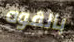
بالقوه